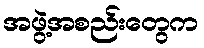
အဖွဲ့အစည်းတွေက